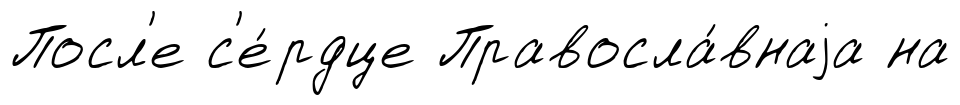
Посл'е с'е́рдце Правосла́внаjа на